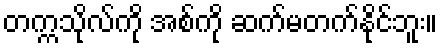
တက္ကသိုလ်ကို အစ်ကို ဆက်မတက်နိုင်ဘူး။